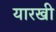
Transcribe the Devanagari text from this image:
यारखी